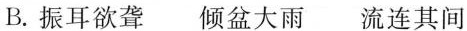
B.振耳欲聋 倾盆大雨 流连其间